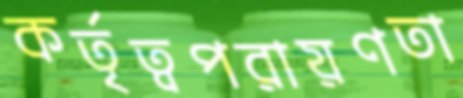
কর্তৃত্বপরায়ণতা